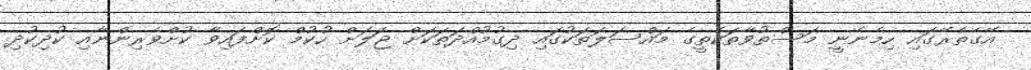
އޭގެތެރޭގައި ހިމެނެނީ މަސްތުވާތަކެތީގެ މައްސަލަތަކުގައި ދިގުމުއްދަތަކަށް ޖަލަށް ހުކުމް ކޮށްފައިވާ ކުށްވެރިންނާއި ކުދިކުދި